Indian journal of veterinary science and animal husbandry - Volume 10,
Year: 1940
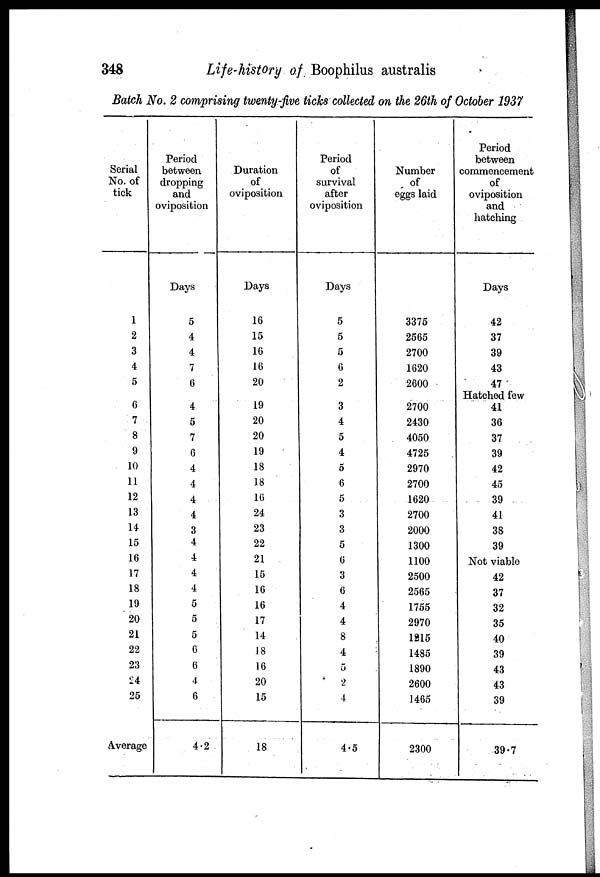
348
Life-history of Boophilus australis
Batch No. 2 comprising twenty-five ticks collected on the 26th of October 1937
Serial
No. of
tick
1
2
3
4
5
6
7
8
9
10
11
12
13
14
15
16
17
18
19
20
21
22
23
24
25
Average
Period
between
dropping
and
oviposition
Days
5
4
4
7
6
4
5
7
6
4
4
4
4
3
4
4
4
4
5
5
5
6
6
4
6
4.2
Duration
of
oviposition
Days
16
15
16
16
20
19
20
20
19
18
18
16
24
23
22
21
15
16
16
17
14
18
16
20
15
18
Period
of
survival
after
oviposition
Days
5
5
5
6
2
3
4
5
4
5
6
5
3
3
5
6
3
6
4
4 8
4
5
2
4
4.5
Number
of
eggs laid
3375
2565
2700
1620
2600
2700
2430
4050
4725
2970
2700
1620
2700
2000
1300
1100
2500
2565
1755
2970
1215
1485
1890
2600
1465
2300
Period
between
commencement
of
oviposition
and
hatching
Days
42
37
39
43
47
Hatched few
41
36
37
39
42
45
39
41
38
39
Not viable
42
37
32
35
40
39
43
43
39
39.7